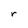
Character: r